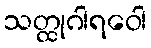
သတ္ထုဂါရဝေါ